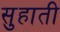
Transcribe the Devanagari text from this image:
सुहाती